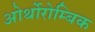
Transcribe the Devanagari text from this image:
ओर्थोरोम्बिक